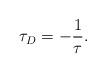
LaTeX: \begin{align*}\tau_D=-{1\over \tau}.\end{align*}